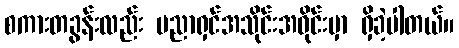
စကားတခွန်းလည်း ပညာရှင်အသိုင်းအဝိုင်းမှာ ရှိခဲ့ပါတယ်။